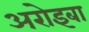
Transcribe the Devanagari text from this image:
अरोइबा